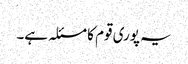
یہ پوری قوم کا مسئلہ ہے۔